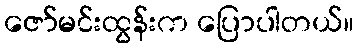
ဇော်မင်းထွန်းက ပြောပါတယ်။